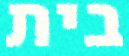
בית